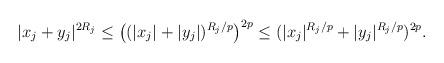
LaTeX: \begin{align*}|x_j+y_j|^{2R_j}&\le \big((|x_j|+|y_j|)^{R_j/p}\big)^{2p}\le(|x_j|^{R_j/p}+|y_j|^{R_j/p})^{2p}.\end{align*}